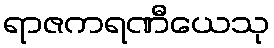
ရာဇကရဏီယေသု